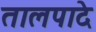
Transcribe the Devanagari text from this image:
तालपादे